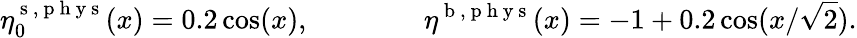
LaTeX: \eta_{0}^{\mathrm{~s~},\mathrm{~p~h~y~s~}}(x)=0.2\cos(x),\qquad\qquad\eta^{\mathrm{~b~},\mathrm{~p~h~y~s~}}(x)=-1+0.2\cos(x/\sqrt{2}).